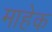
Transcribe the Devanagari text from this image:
माहेक